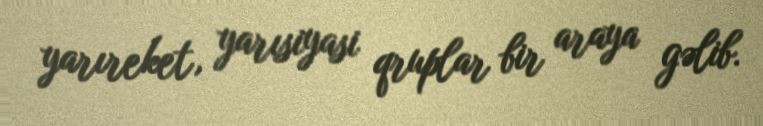
yarıreket, yarısiyasi qruplar bir araya gəlib.